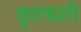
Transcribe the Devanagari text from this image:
छुटकारी